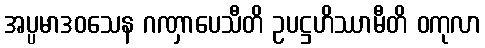
အပ္ပမာဒဝသေန ဂဏှာပေသီတိ ဥပဋ္ဌဟိဿာမီတိ ဝကုလာ